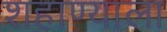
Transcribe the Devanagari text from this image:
शहाण्याला